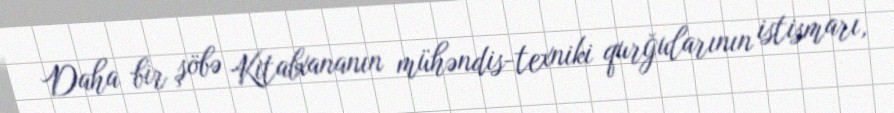
Daha bir şöbə Kitabxananın mühəndis-texniki qurğularının istismarı,